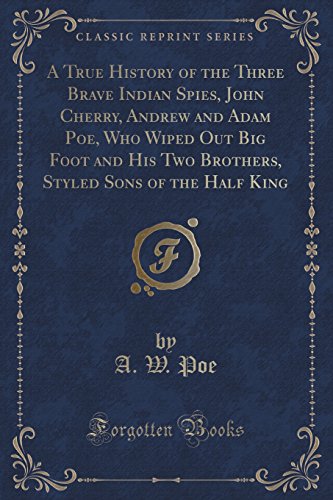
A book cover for A True History of the Three Brave Indian Spies, John Cherry, Andrew and Adam Poe, Who Wiped Out Big Foot and His Two Brothers, Styled Sons of the Half King (Classic Reprint); A. W. Poe; Literature & Fiction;